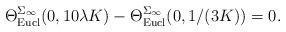
LaTeX: \begin{align*}\Theta_{{\mathrm{Eucl}}}^{\Sigma_\infty}(0,10\lambda K)-\Theta_{{\mathrm{Eucl}}}^{\Sigma_\infty}(0,1/(3K))=0.\end{align*}